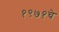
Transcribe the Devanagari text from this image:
१९७१चे